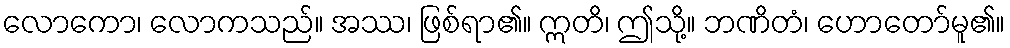
လောကော၊ လောကသည်။ အဿ၊ ဖြစ်ရာ၏။ ဣတိ၊ ဤသို့။ ဘဏိတံ၊ ဟောတော်မူ၏။